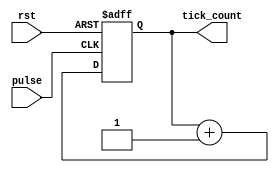
// This program was cloned from: https://github.com/chicken8848/RISKY
// License: MIT License

module tick_counter (
  input rst,
  input pulse,
  output [31:0] tick_count
);

reg [31:0] ms_counter;

initial begin 
  ms_counter = 0;
end

always @(posedge pulse or posedge rst) begin
  if (rst) begin
    ms_counter = 0;
  end
  else begin 
    ms_counter = ms_counter + 1;
  end
end

assign tick_count = ms_counter;

endmodule